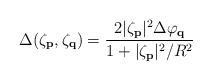
LaTeX: \begin{align*}\Delta(\zeta_{\bf p},\zeta_{\bf q})= \frac{2|\zeta_{\bf p}|^2\Delta\varphi_{\bf q}}{1 + |\zeta_{\bf p}|^2/R^2}\end{align*}